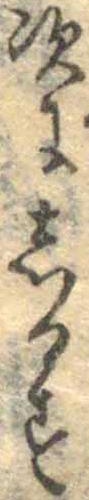
次にしるす